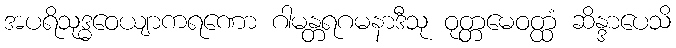
အပရိသုဒ္ဓဝေယျာကရဏော ဂါမန္တရဂမနာဒီသု ဝုတ္တမေဝတ္ထံ ဆိန္ဒာပေသိ